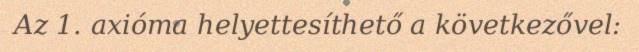
Az 1. axióma helyettesíthető a következővel: